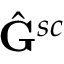
\hat { \mathbf { G } } ^ { s c }